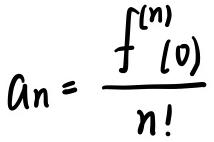
\[ a_n = \frac{f^{(n)}(0)}{n!} \]